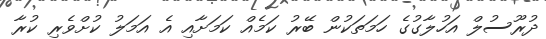
ދުރޫސުލް އަހުލާގުގެ ހަމަތަކުން ބޭރު ކަމެއް ކަމަށާއި އެ އަމަލު ކުށްވެރި ކުރާ